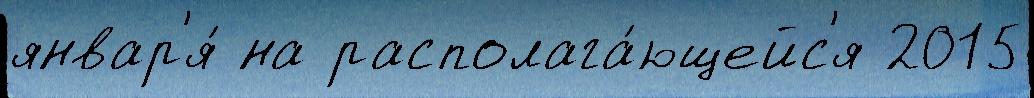
январ'я́ на располага́ющейс'я 2015